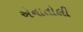
એનાતોલી